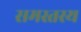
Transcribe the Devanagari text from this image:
समस्तस्य